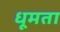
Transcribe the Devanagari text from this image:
धूमता